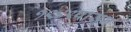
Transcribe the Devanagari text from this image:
१९४९पासून